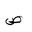
Letter: _sad